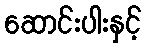
ဆောင်းပါးနှင့်